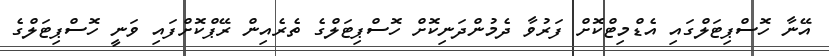
އޭނާ ހޮސްޕިޓަލްގައި އެޑްމިޓްކޮށް ފަރުވާ ދެމުންދަނިކޮށް ހޮސްޕިޓަލްގެ ތެރެއިން ރޭޕްކޮށްފައި ވަނީ ހޮސްޕިޓަލްގެ